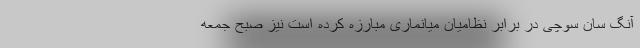
آنگ سان سوچی در برابر نظامیان میانماری مبارزه کرده است نیز صبح جمعه